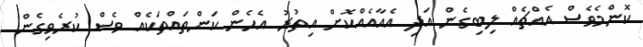
ކޮންމެވެސް އެއްޗެއް ލިބިގެން އަދި އެއާއެއްކޮށް އިތުރު އެހެން ކަންތައްތަކެއް ވެސް ކުރެވިގެން